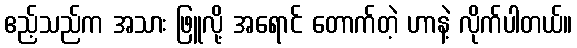
ဧည့်သည်က အသား ဖြူလို့ အရောင် တောက်တဲ့ ဟာနဲ့ လိုက်ပါတယ်။